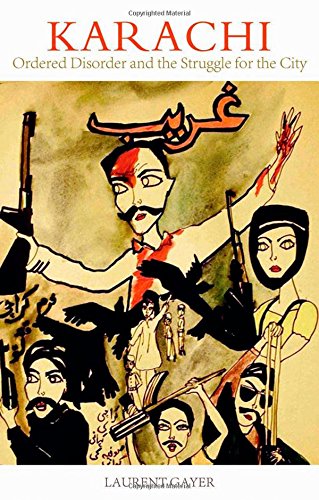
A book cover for Karachi: Ordered Disorder and the Struggle for the City; Laurent Gayer; History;